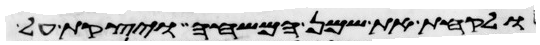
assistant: ולקחת את שמן המשחה ויצקת על